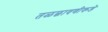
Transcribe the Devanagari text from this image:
तळछावणीकडे